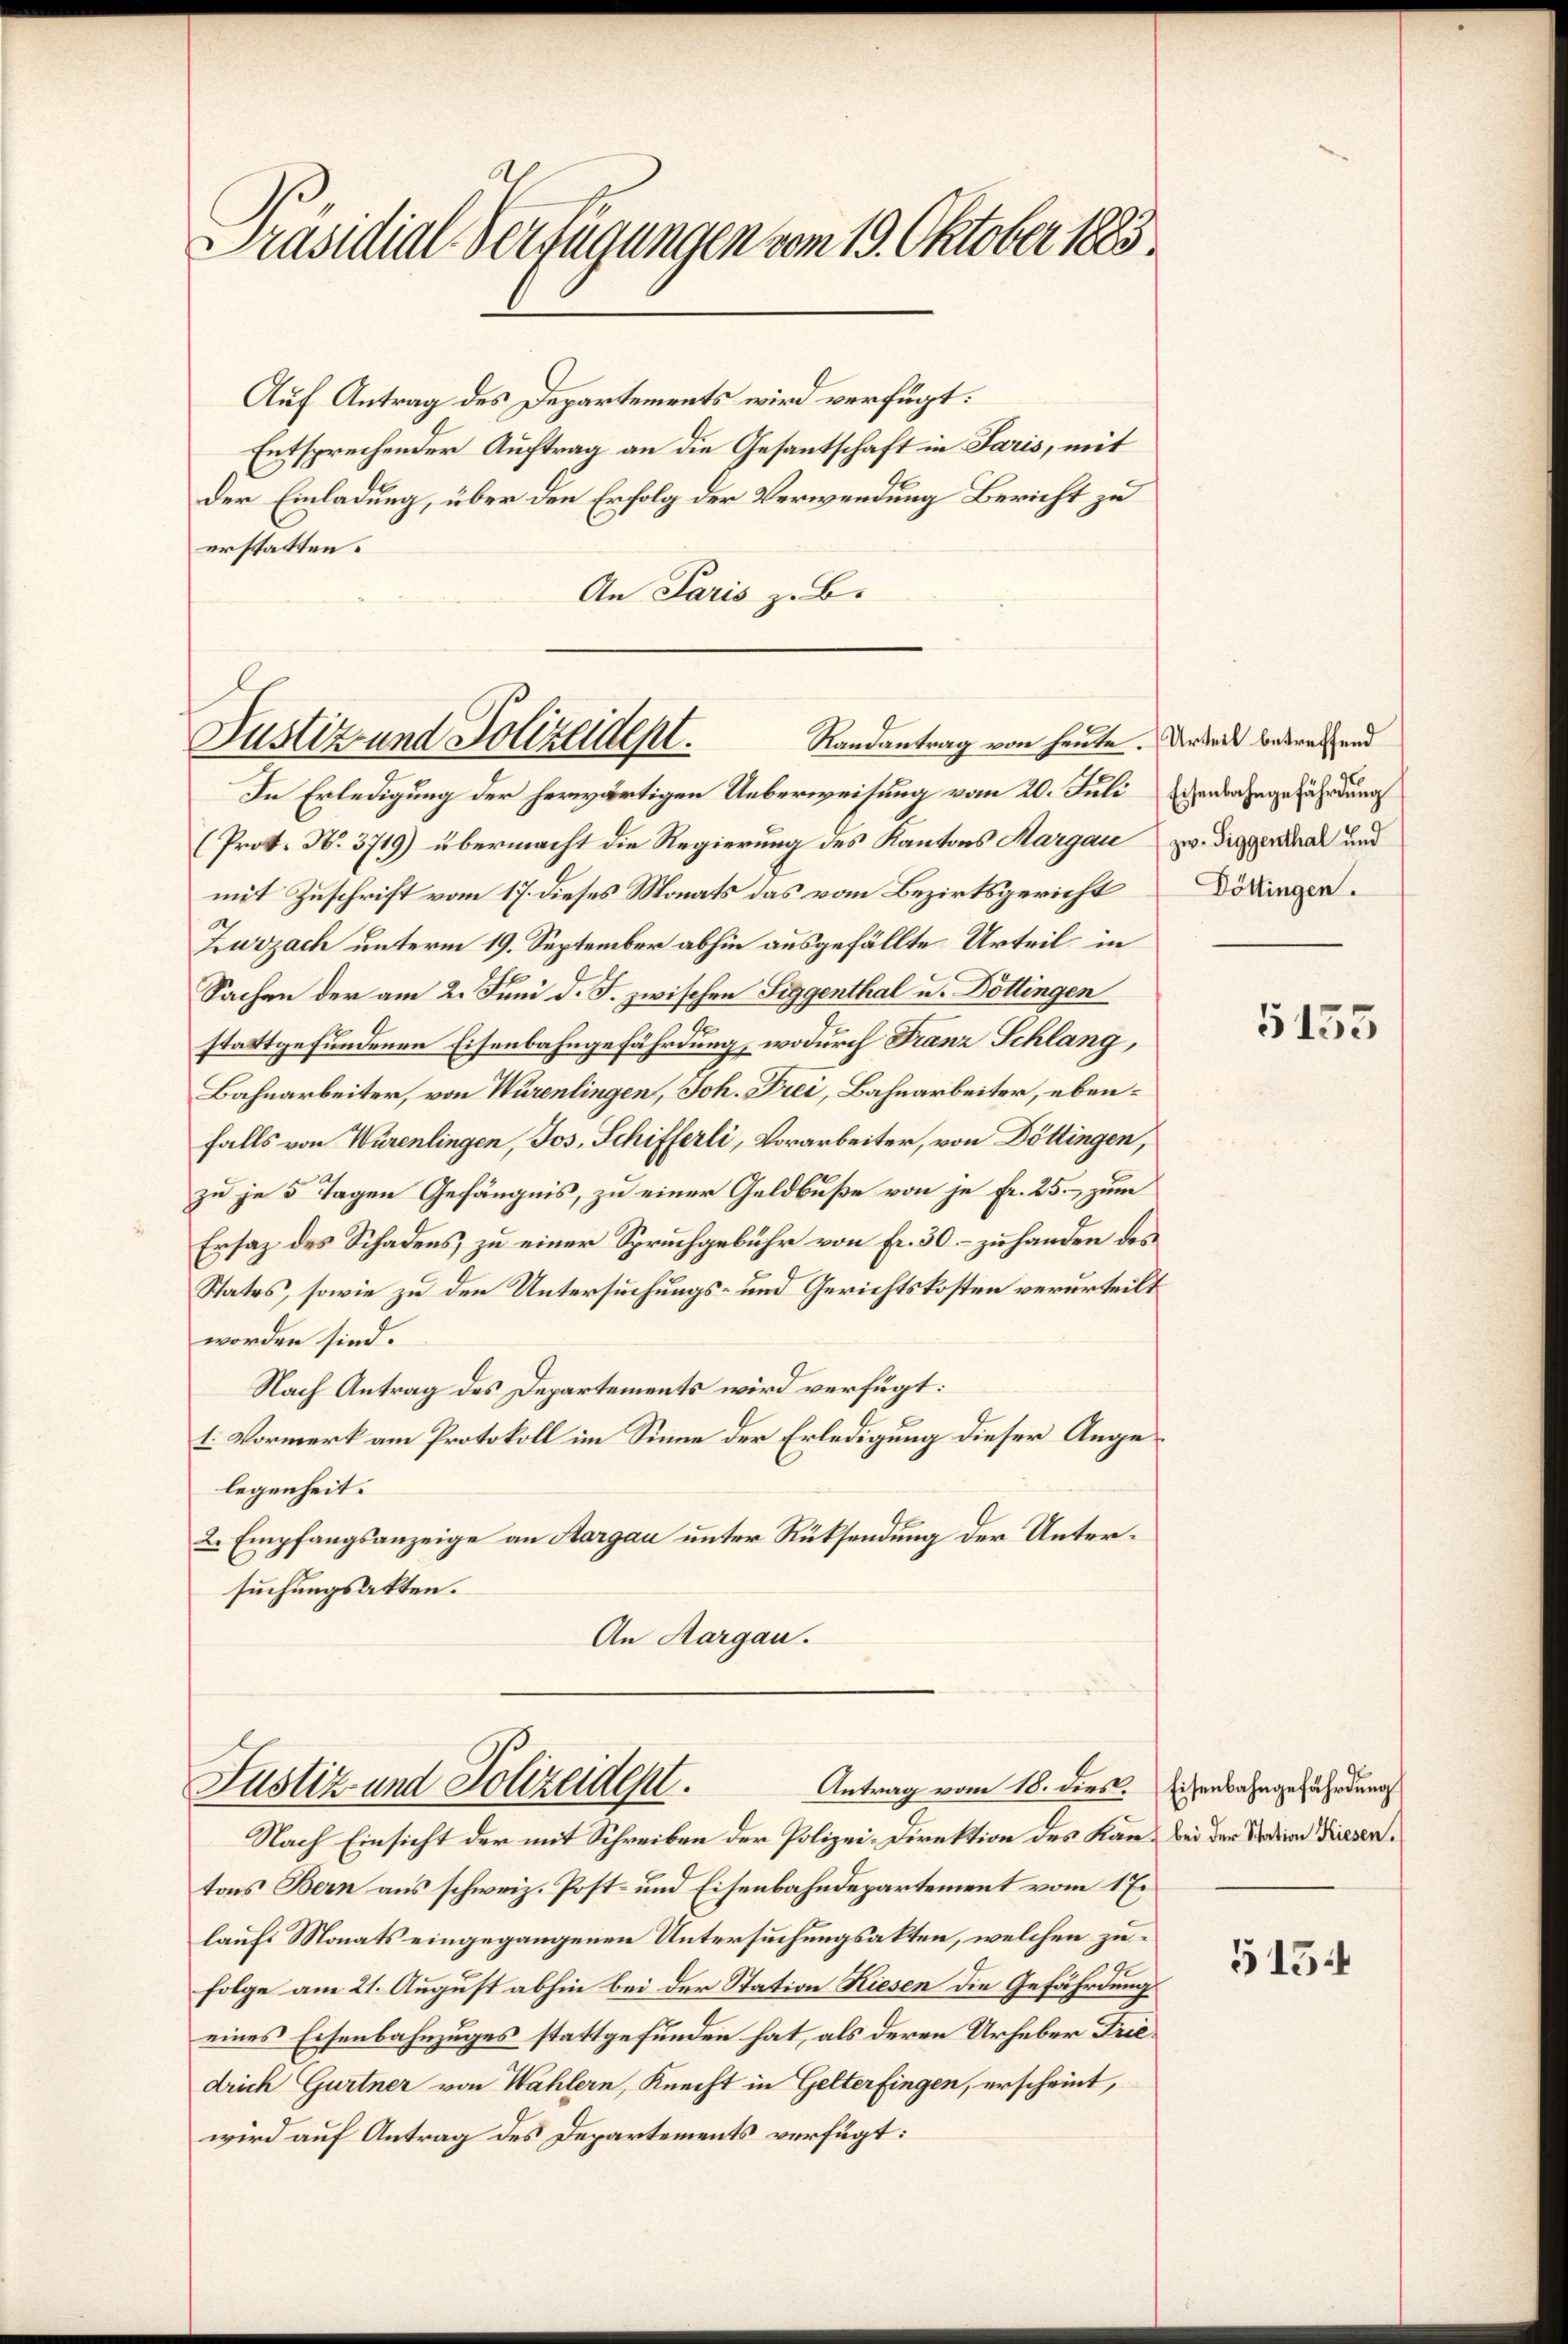
Präsidial-Verfügungen vom 19. Oktober 1883

Justiz- und Polizeidept.
Randantrag von heute. Urteil betreffend

Auf Antrag des Departements wird verfügt:
Entsprechender Auftrag an die Gesantschaft in Paris, mit
Der Einladung, über den Erfolg der Verwendung Bericht zu
erstatten.
An Paris z. B.

In Erledigung der herwärtigen Ueberweisung vom 20. Juli erbahngefährdung
(Prot. N. 3719) übermacht die Regierung des Kantons Margau zu. Diggerschal und
mit Zuschrift vom 17. dieses Monats das vom Bezirksgericht
Zurzach unterm 19. September abhin ausgefällte Urteil in
Sachen der am 2. Juni d. J. zwischen Siggenthal u. Döllingen
stattgefundenen Eisenbahngefährdung, wodurch Franz Schlang,
Bahnarbeiter, von Würenlingen, Joh. Frei, Bahnarbeiter, ebenfalls von Würenlingen, Jos. Schifferli, Vorarbeiter, von Döttingen,
zu je 5 Tagen Gefängnis, zu einer Geldbuße von je Fr. 25. zum
Ersatz des Schadens zu einer Spruchgebühr von fr. 30. zu handen des
States, sowie zu den Untersuchungs- und Gerichtskosten verurteilt
worden sind.
Nach Antrag des Departements wird verfügt:
1. Vormerk am Protokoll im Sinne der Erledigung dieser Angelegenheit.
2. Empfangsanzeige an Aargau unter Rücksendung der Untersuchungsakten.
An Aargau.

Antrag vom 18. dies. Eisenbahngefährdung
Justiz- und Polizeident.
Nach Einsicht der mit Schreiben der Polizei-Direktion des Kann bei der Sardina Diesen¬

Döttingen.

tons Bern aus schweiz. Post- und Eisenbahndepartement vom 17.
laufs Monats eingegangenen Untersuchungsakten, welchen zufolge am 21. August abhin bei der Station Kiesen die Gefährdung
eines Eisenbahnzuges stattgefunden hat, als deren Urheber Friedrich Gurtner von Wahlern, Knecht in Gelterfingen, erscheint,
wird auf Antrag des Departements verfügt:

5155

5154